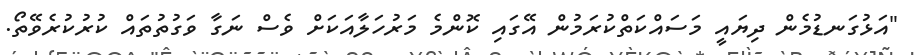
"އަޅުގަނޑުމެން ދިޔައީ މަސައްކަތްކުރަމުން އޭގައި ކޮންމެ މަރުހަލާއަކަށް ވެސް ނަގާ ވަގުތުތައް ކުރުކުރެވޭތޯ.